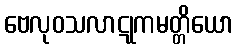
ဗေလုဝသလာဋုကမတ္တိယော